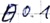
Text: E0.1